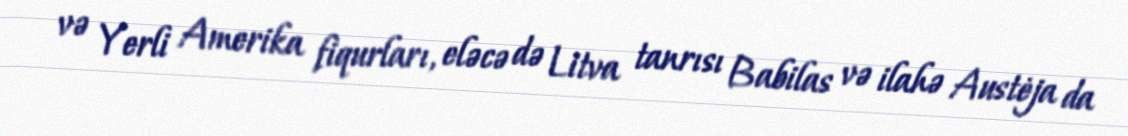
və Yerli Amerika fiqurları, eləcə də Litva tanrısı Babilas və ilahə Austėja da